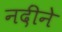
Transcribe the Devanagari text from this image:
नदींने